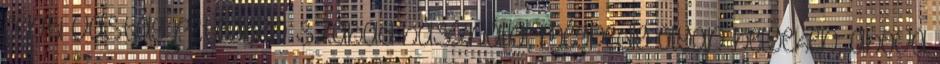
centi vastag rétegben szabad használni, mégpedig olyan helyeken, ahova